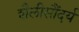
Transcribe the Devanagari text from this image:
शैलीसौंदर्य